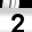
Digit: 2